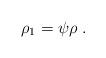
LaTeX: \begin{align*}\rho_1=\psi\rho\;.\end{align*}